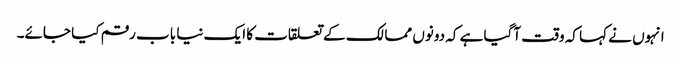
انہوں نے کہا کہ وقت آگیا ہے کہ دونوں ممالک کے تعلقات کا ایک نیا باب رقم کیا جائے۔